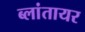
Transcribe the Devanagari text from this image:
ब्लांतायर